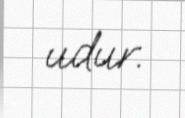
udur.